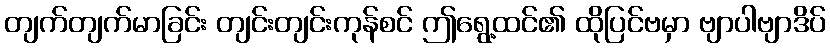
တျက်တျက်မာခြင်း တျင်းတျင်းကုန်စင် ဤရွေ့ထင်၏ ထိုပြင်ဗမှာ ဗျာပါဗျာဒိပ်